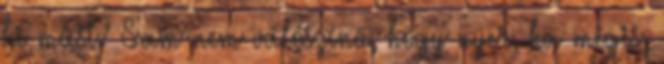
ki mást? Sam nem valószínű, hogy nyer, ha mégis,